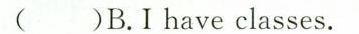
( )B.I have classes.